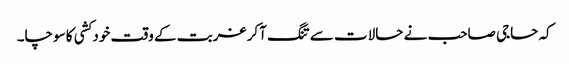
کہ حاجی صاحب نے حالات سے تنگ آکر غربت کے وقت خود کشی کا سوچا۔